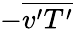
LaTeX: -{\overline{{v^{\prime}T^{\prime}}}}